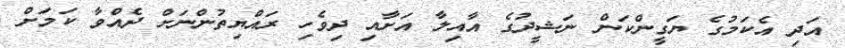
އަދި އެކަމުގެ ޔަގީންކަން ނަޝީދުގެ އާއިލާ އަށާއި ދިވެހި ރައްޔިތުންނަށް ދެއްވާ ކަމަށް